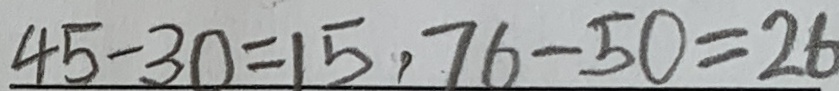
4 5 - 3 0 = 1 5 , 7 6 - 5 0 = 2 6